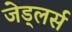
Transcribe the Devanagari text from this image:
जेड्लर्स